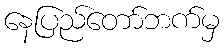
နေပြည်တော်ဘက်မှ